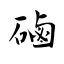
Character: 磠